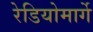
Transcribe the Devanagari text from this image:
रेडियोमार्गे